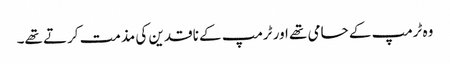
وہ ٹرمپ کے حامی تھے اور ٹرمپ کے ناقدین کی مذمت کرتے تھے۔